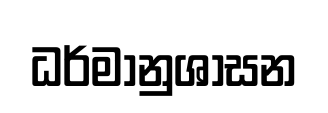
ධර්මානුශාසන